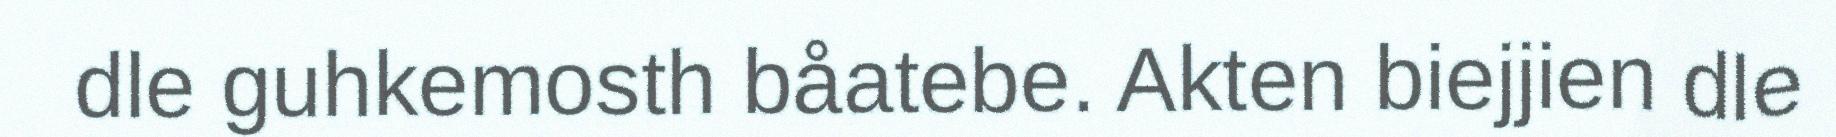
dle guhkemosth båatebe. Akten biejjien dle